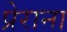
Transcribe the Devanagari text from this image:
प्रेराना